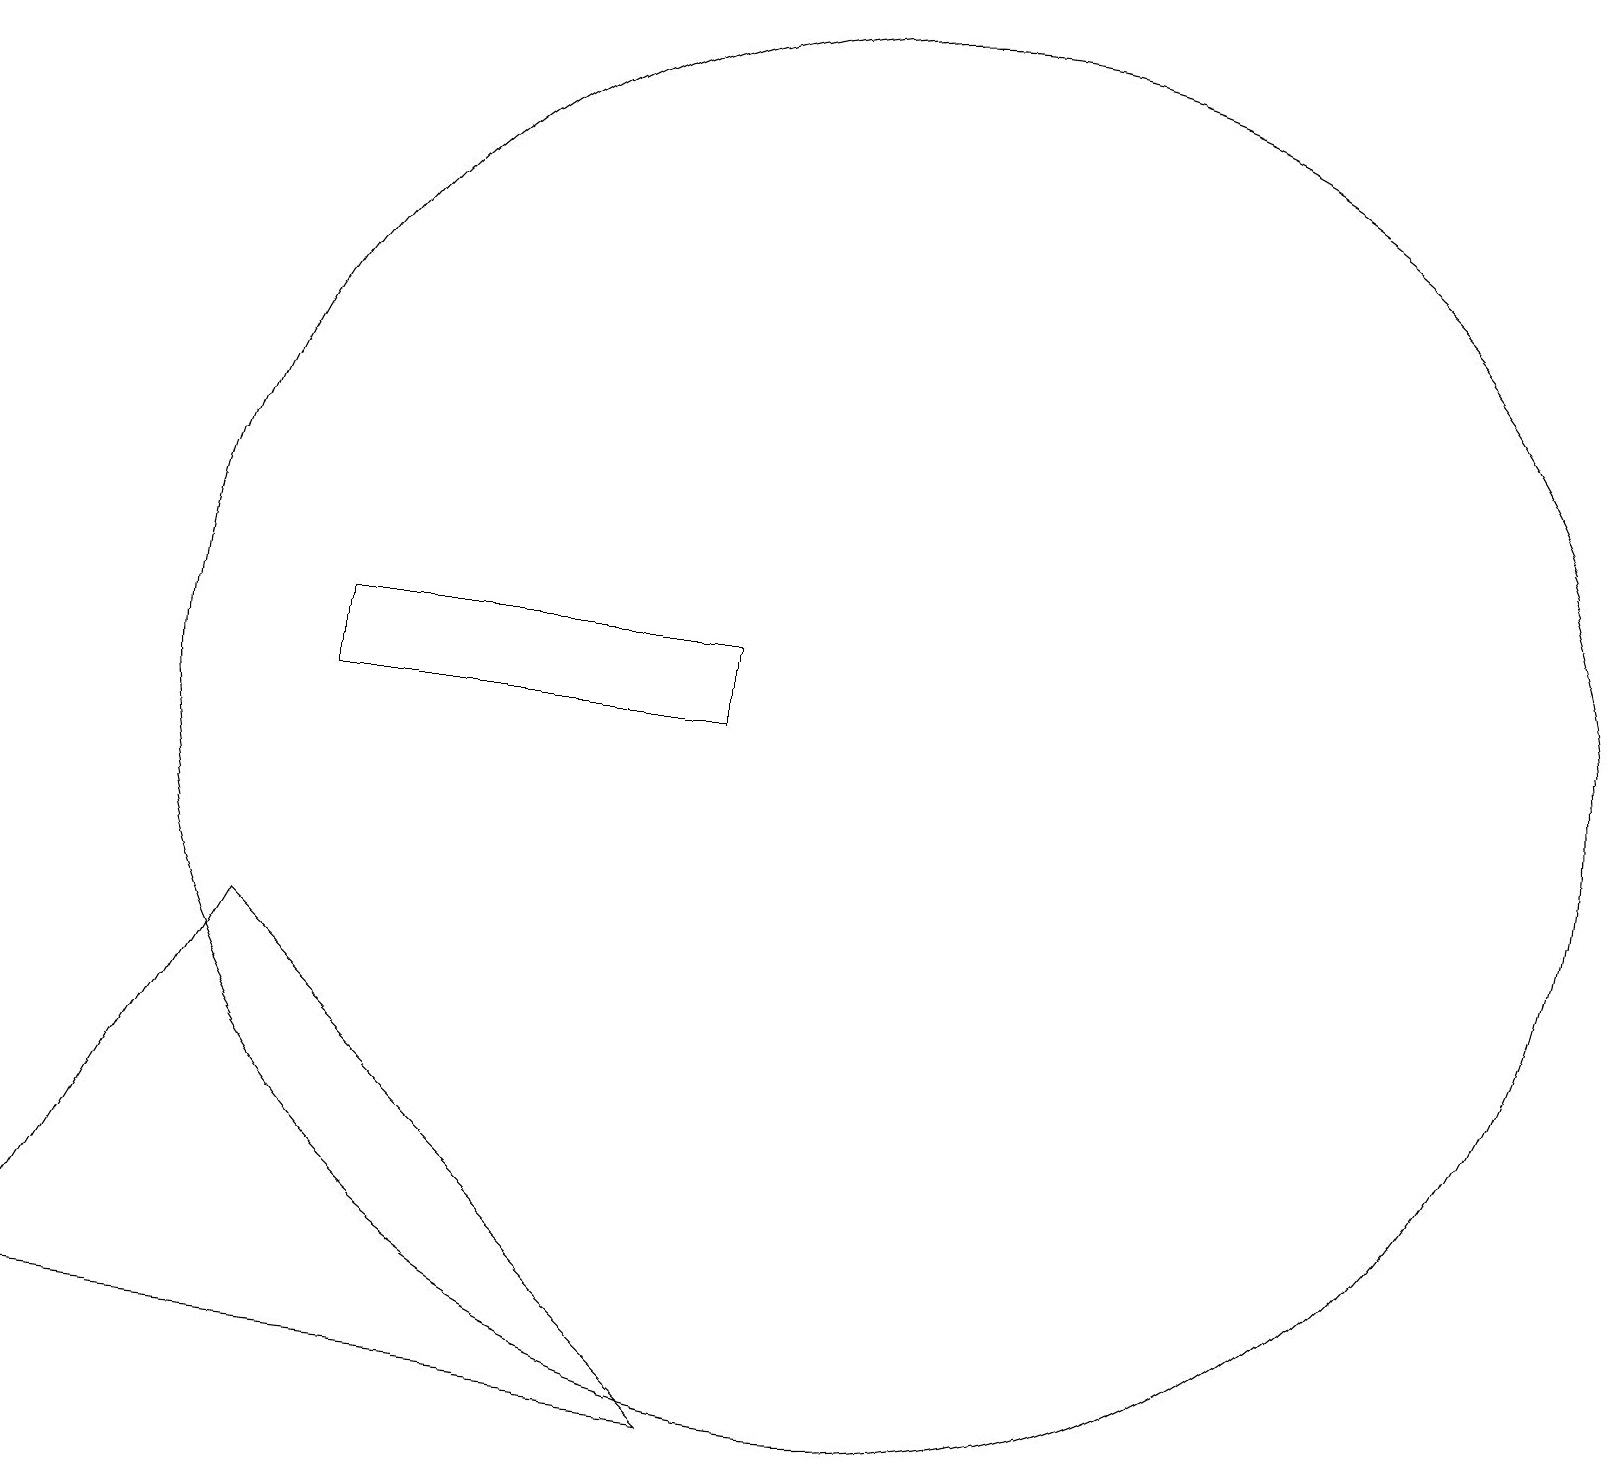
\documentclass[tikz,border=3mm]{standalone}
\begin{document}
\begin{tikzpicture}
\draw (0,11) rectangle (0,11);
\draw (11,11) circle (9);
\draw (9,11) rectangle (4,12);
\draw (3,8) -- (9,2) -- (0,3) -- cycle;
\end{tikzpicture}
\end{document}